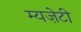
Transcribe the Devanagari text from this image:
म्यज़ेटी